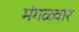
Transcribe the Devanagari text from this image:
मंगळ्वार